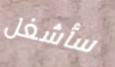
سأشغل